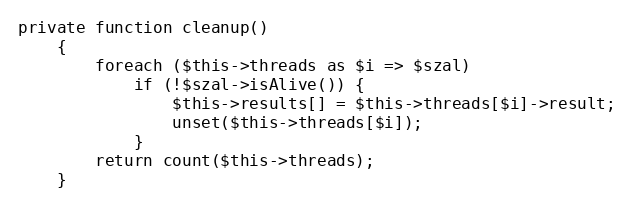
Language: PHP
private function cleanup()
    {
        foreach ($this->threads as $i => $szal)
            if (!$szal->isAlive()) {
                $this->results[] = $this->threads[$i]->result;
                unset($this->threads[$i]);
            }
        return count($this->threads);
    }